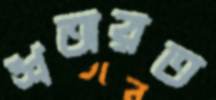
শঅরত